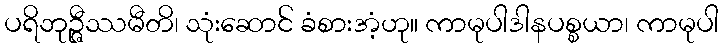
ပရိဘုဉ္ဇီဿမီတိ၊ သုံးဆောင် ခံစားအံ့ဟု။ ကာမုပါဒါနပစ္စယာ၊ ကာမုပါ